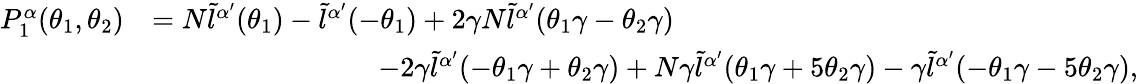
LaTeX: \begin{array}{rl}{P_{1}^{\alpha}(\theta_{1},\theta_{2})}&{=N\tilde{l}^{\alpha{'}}(\theta_{1})-\tilde{l}^{\alpha{'}}(-\theta_{1})+2\gamma N\tilde{l}^{\alpha{'}}(\theta_{1}\gamma-\theta_{2}\gamma)}\\ &{\quad\quad\quad\quad\quad\quad\quad\quad-2\gamma\tilde{l}^{\alpha{'}}(-\theta_{1}\gamma+\theta_{2}\gamma)+N\gamma\tilde{l}^{\alpha{'}}(\theta_{1}\gamma+5\theta_{2}\gamma)-\gamma\tilde{l}^{\alpha{'}}(-\theta_{1}\gamma-5\theta_{2}\gamma),}\end{array}